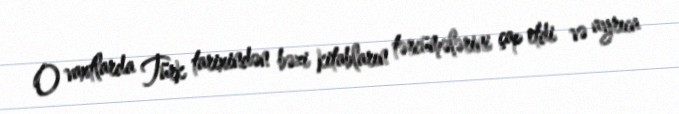
O vaxtlarda Türk tarixindən bəzi kitabların tərcümələrini çap etdi və ayrıca